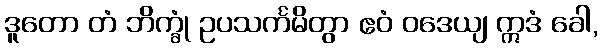
ဒူတော တံ ဘိက္ခုံ ဥပသင်္ကမိတွာ ဧဝံ ဝဒေယျ ဣဒံ ခေါ,